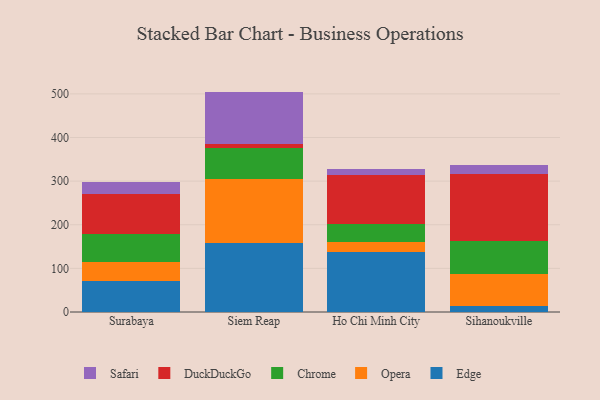
{"axis": {"x": "City", "y": "Humidity (%)"}, "legend": ["Chrome", "DuckDuckGo", "Edge", "Opera", "Safari"], "data": [{"x": "Surabaya", "y": 71.7, "type": "Edge"}, {"x": "Surabaya", "y": 42.8, "type": "Opera"}, {"x": "Surabaya", "y": 63.8, "type": "Chrome"}, {"x": "Surabaya", "y": 91.1, "type": "DuckDuckGo"}, {"x": "Surabaya", "y": 29.7, "type": "Safari"}, {"x": "Siem Reap", "y": 157.7, "type": "Edge"}, {"x": "Siem Reap", "y": 147.0, "type": "Opera"}, {"x": "Siem Reap", "y": 71.0, "type": "Chrome"}, {"x": "Siem Reap", "y": 9.1, "type": "DuckDuckGo"}, {"x": "Siem Reap", "y": 120.4, "type": "Safari"}, {"x": "Ho Chi Minh City", "y": 137.6, "type": "Edge"}, {"x": "Ho Chi Minh City", "y": 22.6, "type": "Opera"}, {"x": "Ho Chi Minh City", "y": 41.1, "type": "Chrome"}, {"x": "Ho Chi Minh City", "y": 111.8, "type": "DuckDuckGo"}, {"x": "Ho Chi Minh City", "y": 14.2, "type": "Safari"}, {"x": "Sihanoukville", "y": 14.1, "type": "Edge"}, {"x": "Sihanoukville", "y": 72.5, "type": "Opera"}, {"x": "Sihanoukville", "y": 76.5, "type": "Chrome"}, {"x": "Sihanoukville", "y": 153.1, "type": "DuckDuckGo"}, {"x": "Sihanoukville", "y": 21.0, "type": "Safari"}]}